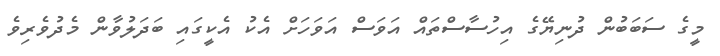
މީގެ ސަބަބުން ދުނިޔޭގެ އިހުސާސްތައް އަވަސް އަވަހަށް އެކު އެކީގައި ބަދަލުވާން މެދުވެރިވެ